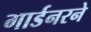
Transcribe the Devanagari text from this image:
गार्डनरने